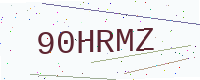
Text: 90HRMZ